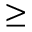
\geq